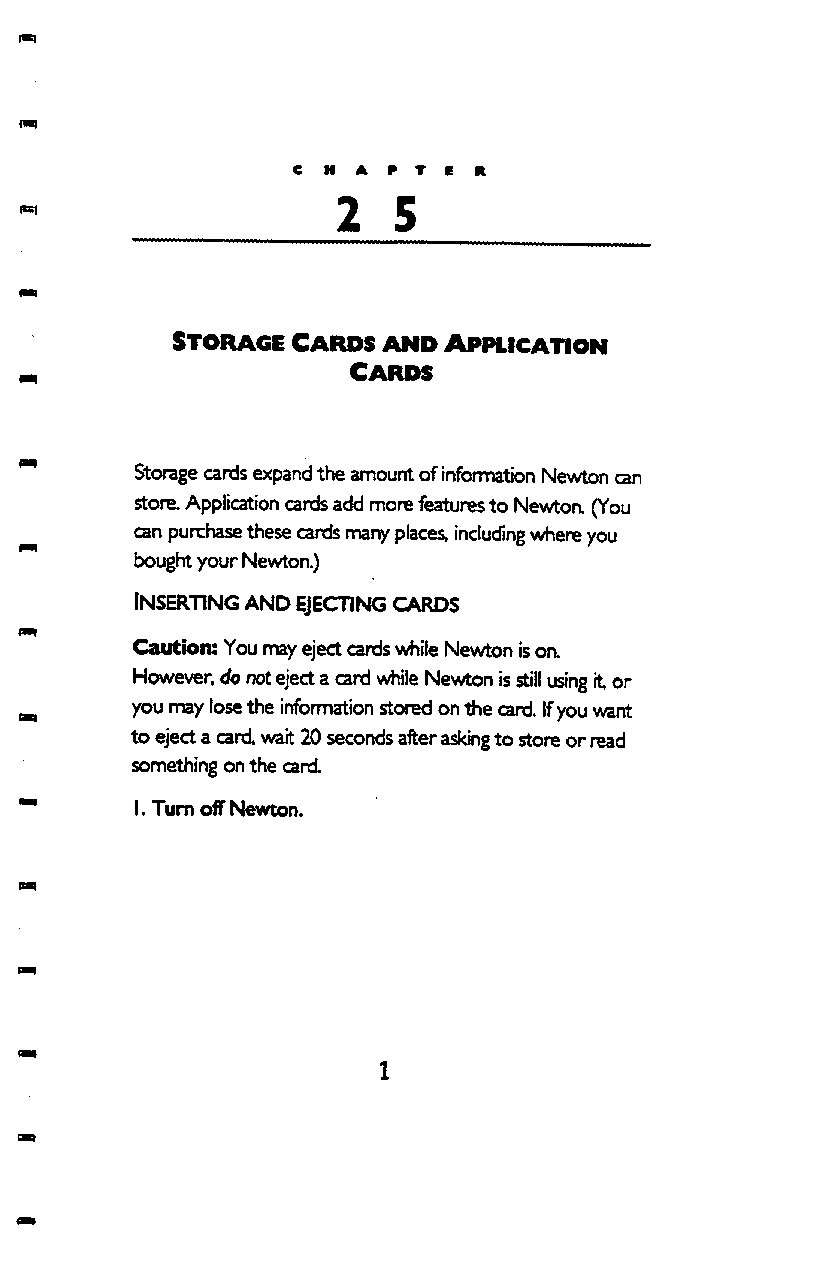
1*1
 2   5
 STORAGE  CARDS AND APPLICATION
 C a r d s
 Storage cards expand the amount of information Newton can
 store. Application cards add more features to Newton. (You
 can purchase these cards many places, including where you
 bought your Newton.)
 INSERTING AND gECTING CARDS
 Caution: You may eject cards while Newton is on.
 However, do not eject a card while Newton is still using it or
 you may lose the information stored on the card. If you want
 to eject a card, wait 20 seconds after asking to store or read
 something on the card.
 I. Turn off Newton.
 t m
 1
 o m